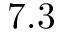
7 . 3